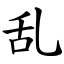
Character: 乱